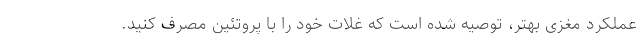
عملکرد مغزی بهتر، توصیه شده است که غلات خود را با پروتئین مصرف کنید.